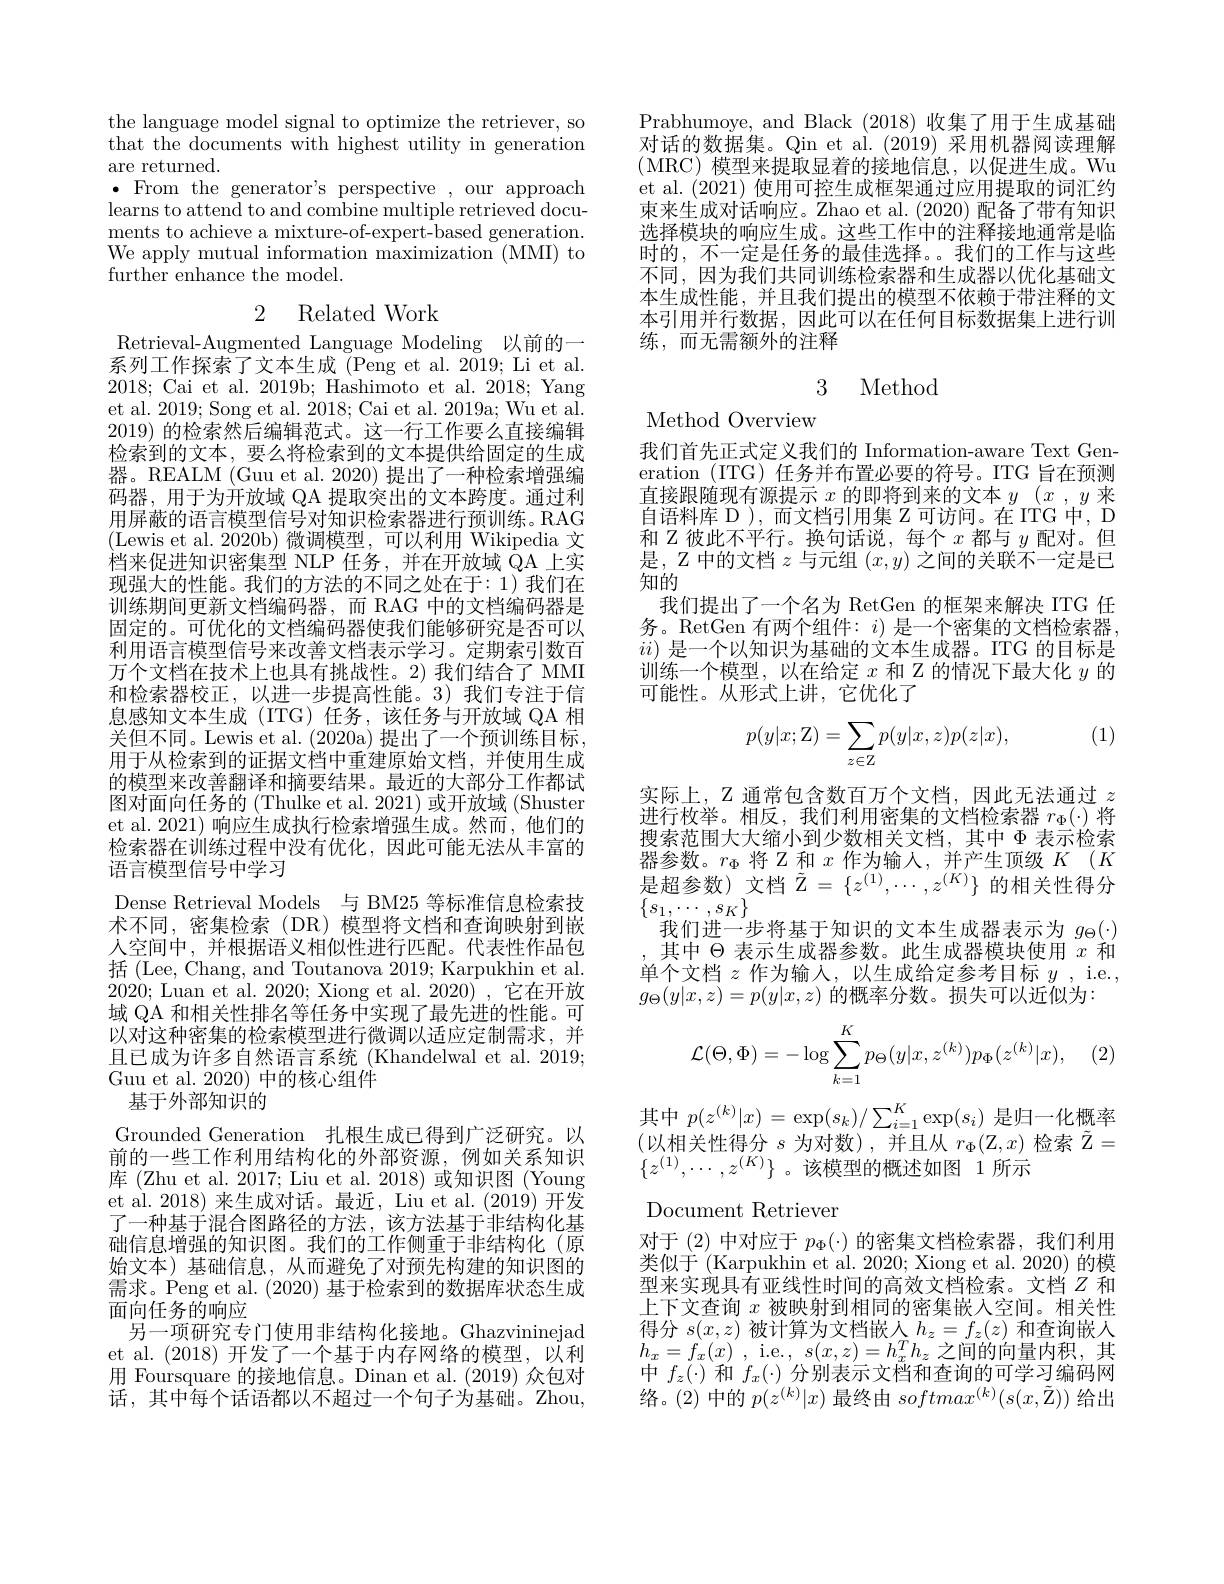
the language model signal to optimize the retriever, so that the documents with highest utility in generation are returned.
$\bullet$From the generator's perspective ,our approach learns to attend to and combine multiple retrieved documents to achieve a mixture-of-expert-based generation. We apply mutual information maximization (MMI) to further enhance the model.

## 2 Related Work

Retrieval-Augmented Language Modeling 以前的一系列工作探索了文本生成$\bar{\text{(Peng et al.2019;Li et al.}}$ 2018; Cai et al. 2019b; Hashimoto et al. 2018; Yang et al. 2019; Song et al. 2018; Cai et al. 2019a; Wu et al. 2019)的检索然后编辑范式。这一行工作要么直接编辑检索到的文本，要么将检索到的文本提供给固定的生成器。REALM (Guu et al. 2020) 提出了一种检索增强编码器，用于为开放域 QA 提取突出的文本跨度。通过利用屏蔽的语言模型信号对知识检索器进行预训练。RAG (Lewis et al. 2020b)微调模型，可以利用 Wikipedia 文档来促进知识密集型 NLP 任务，并在开放域 QA 上实现强大的性能。我们的方法的不同之处在于：1) 我们在训练期间更新文档编码器，而 RAG 中的文档编码器是固定的。可优化的文档编码器使我们能够研究是否可以利用语言模型信号来改善文档表示学习。定期索引数百万个文档在技术上也具有挑战性。2)我们结合了 MMI 和检索器校正，以进一步提高性能。3)我们专注于信息感知文本生成 (ITG) 任务，该任务与开放域 QA 相关但不同。Lewis et al. (2020a) 提出了一个预训练目标， 用于从检索到的证据文档中重建原始文档，并使用生成的模型来改善翻译和摘要结果。最近的大部分工作都试图对面向任务的 (Thulke et al. 2021) 或开放域 (Shuster et al. 2021) 响应生成执行检索增强生成。然而，他们的检索器在训练过程中没有优化，因此可能无法从丰富的语言模型信号中学习
Dense Retrieval Models 与 BM25 等标准信息检索技术不同，密集检索(DR)模型将文档和查询映射到嵌人空间中，并根据语义相似性进行匹配。代表性作品包括 (Lee, Chang, and Toutanova 2019; Karpukhin et al. 2020; Luan et al. 2020; Xiong et al.2020),它在开放域 QA 和相关性排名等任务中实现了最先进的性能。可以对这种密集的检索模型进行微调以适应定制需求，并且已成为许多自然语言系统 (Khandelwal et al. 2019; Guu et al. 2020)中的核心组件
基于外部知识的
Grounded Generation 扎根生成已得到广泛研究。以前的一些工作利用结构化的外部资源，例如关系知识库 (Zhu et al. 2017; Liu et al. 2018) 或知识图 (Young et al. 2018) 来生成对话。最近，Liu et al. (2019) 开发了一种基于混合图路径的方法，该方法基于非结构化基础信息增强的知识图。我们的工作侧重于非结构化(原始文本)基础信息，从而避免了对预先构建的知识图的需求。Peng et al. (2020) 基于检索到的数据库状态生成面向任务的响应
另一项研究专门使用非结构化接地。Ghazvininejad et al. (2018)开发了一个基于内存网络的模型，以利用 Foursquare 的接地信息。Dinan et al.(2019) 众包对话，其中每个话语都以不超过一个句子为基础。Zhou,

Prabhumoye, and Black (2018)收集了用于生成基础对话的数据集。Qin et al.(2019) 采用机器阅读理解(MRC)模型来提取显着的接地信息，以促进生成。Wu et al.(2021) 使用可控生成框架通过应用提取的词汇约束来生成对话响应。Zhao et al.(2020) 配备了带有知识选择模块的响应生成。这些工作中的注释接地通常是临时的，不一定是任务的最佳选择。。我们的工作与这些不同，因为我们共同训练检索器和生成器以优化基础文本生成性能，并且我们提出的模型不依赖于带注释的文本引用并行数据，因此可以在任何目标数据集上进行训练，而无需额外的注释

## 3 Method

Method Overview

我们首先正式定义我们的 Information-aware Text Generation (ITG) 任务并布置必要的符号。ITG 旨在预测直接跟随现有源提示$x$的即将到来的文本$y(x,y$来自语料库 D ), 而文档引用集 Z 可访问。在 ITG 中，D 和 Z 彼此不平行。换句话说，每个$x$都与$y$配对。但是，$Z$中的文档$z$与元组$(x,y)$之间的关联不一定是已知的
我们提出了一个名为 RetGen 的框架来解决 ITG 任务。RetGen 有两个组件：$i)$是一个密集的文档检索器$ii)$是一个以知识为基础的文本生成器。ITG 的目标是训练一个模型，以在给定$x$和 Z 的情况下最大化$y$的可能性。从形式上讲，它优化了

(1)
$$p(y|x;\mathbb{Z})=\sum_{z\in\mathbb{Z}}p(y|x,z)p(z|x),$$
实际上，Z 通常包含数百万个文档，因此无法通过$z$ 进行枚举。相反，我们利用密集的文档检索器$r_\Phi(\cdot)$将搜索范围大大缩小到少数相关文档，其中$\Phi$ 表示检索器参数。$r_\Phi$将 Z 和$x$作为输入，并产生顶级$K$ (K 是超参数) 文档$\tilde{\mathbb{Z}}=\{z^{(1)},\cdots,z^{(K)}\}$的相关性得分$\{s_{1},\cdots,s_{K}\}$
我们进一步将基于知识的文本生成器表示为$g_\Theta(\cdot)$ ,其中$\Theta$表示生成器参数。此生成器模块使用$x$和单个文档$z$作为输入，以生成给定参考目标$y$, i.e., $g_\Theta(y|x,z)=p(y|x,z)$的概率分数。损失可以近似为：

, (2)
$$\mathcal{L}(\Theta,\Phi)=-\log\sum_{k=1}^Kp_\Theta(y|x,z^{(k)})p_\Phi(z^{(k)}|x),$$
其中$p(z^{(k)}|x)=\exp(s_k)/\sum_{i=1}^K\exp(s_i)$ 是归一化概率(N)相关时很八。当对数)并日山$x(7_n)$ 始声$\tilde{\bar{7}}$ (以相关性得分$s$为对数),并且从$r_\Phi(\mathbb{Z},x)$检索$\tilde{\mathbb{Z}}=$ $\{z^{(1)},\cdots,z^{(K)}\}$。该模型的概述如图 1 所示

Document Retriever

对于 (2) 中对应于$p_\Phi(\cdot)$的密集文档检索器，我们利用类似于 (Karpukhin et al. 2020; Xiong et al. 2020) 的模型来实现具有亚线性时间的高效文档检索。文档$Z$和上下文查询$x$被映射到相同的密集嵌入空间。相关性得分$s(x,z)$被计算为文档嵌人$h_z=f_z(z)$和查询嵌人$h_{x}= f_{x}( x)$ , i.e., $s(x,z)=h_x^Th_z$之间的向量内积，其中$f_z(\cdot)$和$f_x(\cdot)$分别表示文档和查询的可学习编码网络。(2) 中的$p(z^{(k)}|x)$最终由$softmax^(k)(s(x,\tilde{\mathbb{Z}}))$给出